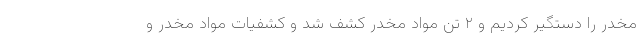
مخدر را دستگیر کردیم و ۲ تن مواد مخدر کشف شد و کشفیات مواد مخدر و